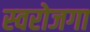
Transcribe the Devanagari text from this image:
स्‍वरोजगा